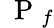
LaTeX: \mathrm{~\mathbf~P~}_{f}